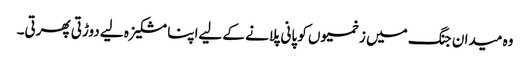
وہ میدان جنگ میں زخمیوں کو پانی پلانے کے لیےاپنا مشکیزہ لیے دوڑتی پھرتی۔